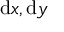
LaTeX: \mathrm { d } x , \mathrm { d } y